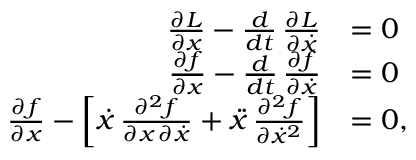
\begin{array} { r l } { \frac { \partial L } { \partial x } - \frac { d } { d t } \, \frac { \partial L } { \partial \dot { x } } } & { = 0 } \\ { \frac { \partial f } { \partial x } - \frac { d } { d t } \, \frac { \partial f } { \partial \dot { x } } } & { = 0 } \\ { \frac { \partial f } { \partial x } - \left[ \dot { x } \, \frac { \partial ^ { 2 } f } { \partial x \, \partial \dot { x } } + \ddot { x } \, \frac { \partial ^ { 2 } f } { \partial \dot { x } ^ { 2 } } \right] } & { = 0 , } \end{array}